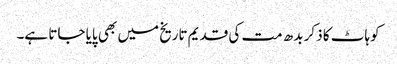
کوہاٹ کا ذکر بدھ مت کی قدیم تاریخ میں بھی پایا جاتا ہے۔